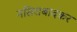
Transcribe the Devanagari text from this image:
नसिराबादकर